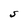
Character: S